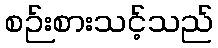
စဉ်းစားသင့်သည်